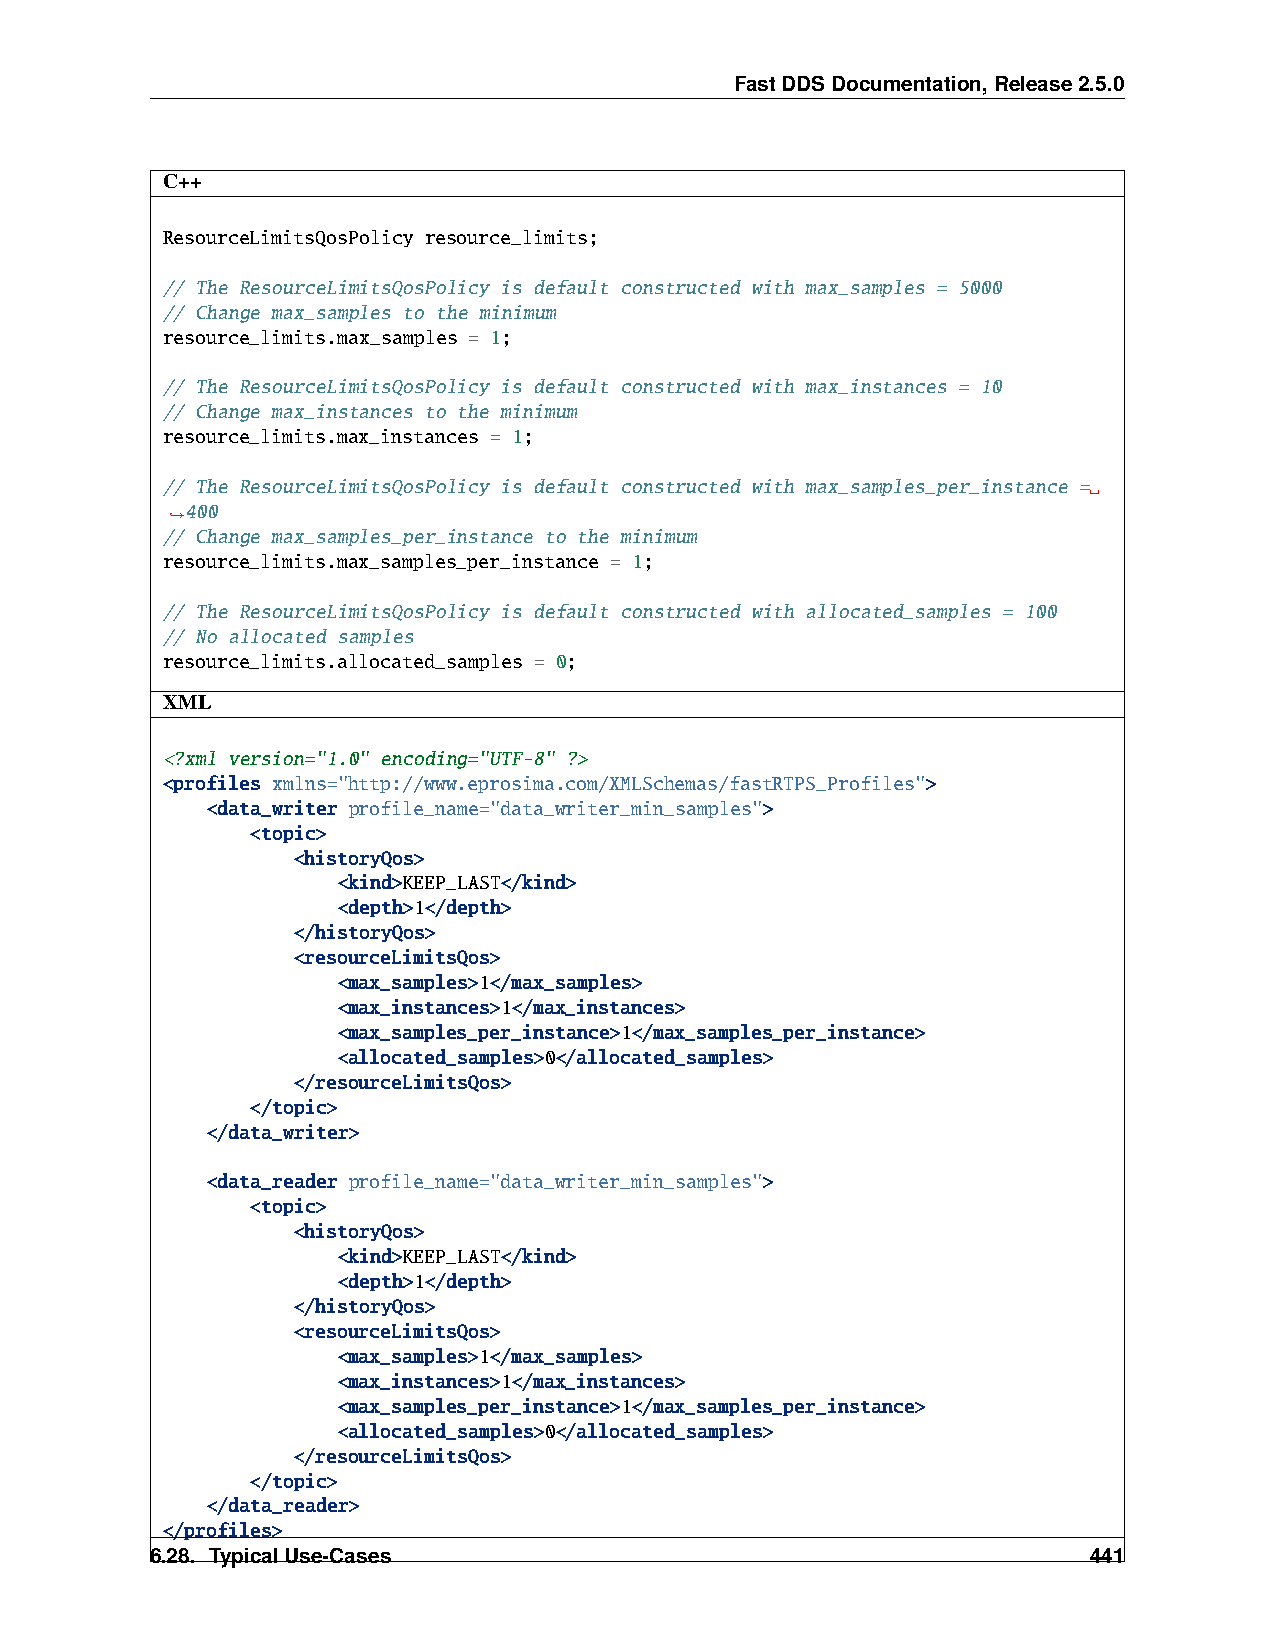
FastDDSDocumentation,Release2.5.0
 C++
 ResourceLimitsQosPolicy resource_limits;
 // The ResourceLimitsQosPolicy is default constructed with max_samples = 5000
 // Change max_samples to the minimum
 resource_limits.max_samples = 1;
 // The ResourceLimitsQosPolicy is default constructed with max_instances = 10
 // Change max_instances to the minimum
 resource_limits.max_instances = 1;
 // The ResourceLimitsQosPolicy is default constructed with max_samples_per_instance =␣
 400
 ˓→
 // Change max_samples_per_instance to the minimum
 resource_limits.max_samples_per_instance = 1;
 // The ResourceLimitsQosPolicy is default constructed with allocated_samples = 100
 // No allocated samples
 resource_limits.allocated_samples = 0;
 XML
 <?xml version="1.0" encoding="UTF-8" ?>
 <profiles xmlns="http://www.eprosima.com/XMLSchemas/fastRTPS_Profiles">
 <data_writer profile_name="data_writer_min_samples">
 <topic>
 <historyQos>
 <kind>KEEP_LAST</kind>
 <depth>1</depth>
 </historyQos>
 <resourceLimitsQos>
 <max_samples>1</max_samples>
 <max_instances>1</max_instances>
 <max_samples_per_instance>1</max_samples_per_instance>
 <allocated_samples>0</allocated_samples>
 </resourceLimitsQos>
 </topic>
 </data_writer>
 <data_reader profile_name="data_writer_min_samples">
 <topic>
 <historyQos>
 <kind>KEEP_LAST</kind>
 <depth>1</depth>
 </historyQos>
 <resourceLimitsQos>
 <max_samples>1</max_samples>
 <max_instances>1</max_instances>
 <max_samples_per_instance>1</max_samples_per_instance>
 <allocated_samples>0</allocated_samples>
 </resourceLimitsQos>
 </topic>
 </data_reader>
 </profiles>
 6.28. TypicalUse-Cases                                        441